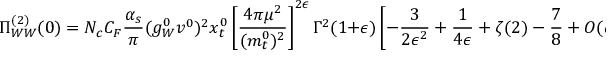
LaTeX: \Pi _ { W W } ^ { ( 2 ) } ( 0 ) = N _ { c } C _ { F } \frac { \alpha _ { s } } { \pi } ( g _ { W } ^ { 0 } v ^ { 0 } ) ^ { 2 } x _ { t } ^ { 0 } \left[ \frac { 4 \pi \mu ^ { 2 } } { ( m _ { t } ^ { 0 } ) ^ { 2 } } \right] ^ { 2 \epsilon } \Gamma ^ { 2 } ( 1 + \epsilon ) \left[ - \frac { 3 } { 2 \epsilon ^ { 2 } } + \frac { 1 } { 4 \epsilon } + \zeta ( 2 ) - \frac { 7 } { 8 } + { \cal O } ( \epsilon ) \right] .